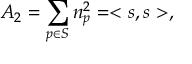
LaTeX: A _ { 2 } = \sum _ { p \in { \cal S } } n _ { p } ^ { 2 } = < s , s > ,